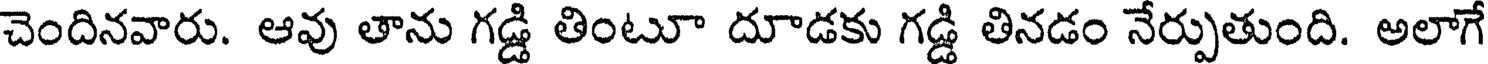
చెందినవారు. ఆవు తాను గడ్డి తింటూ దూడకు గడ్డి తినడం నేర్పుతుంది. అలాగే